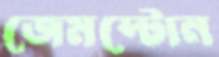
জেমস্টোন